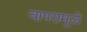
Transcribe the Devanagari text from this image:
वापरामूळे